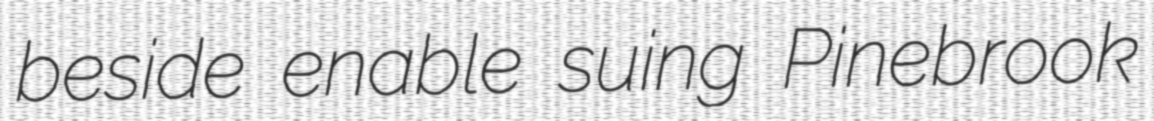
beside enable suing Pinebrook